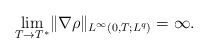
\begin{align*}\underset{T \rightarrow T^*}{\lim}\|\nabla \rho\|_{L^\infty(0,T;L^q)}=\infty.\end{align*}